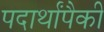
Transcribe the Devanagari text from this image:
पदार्थांपैकी